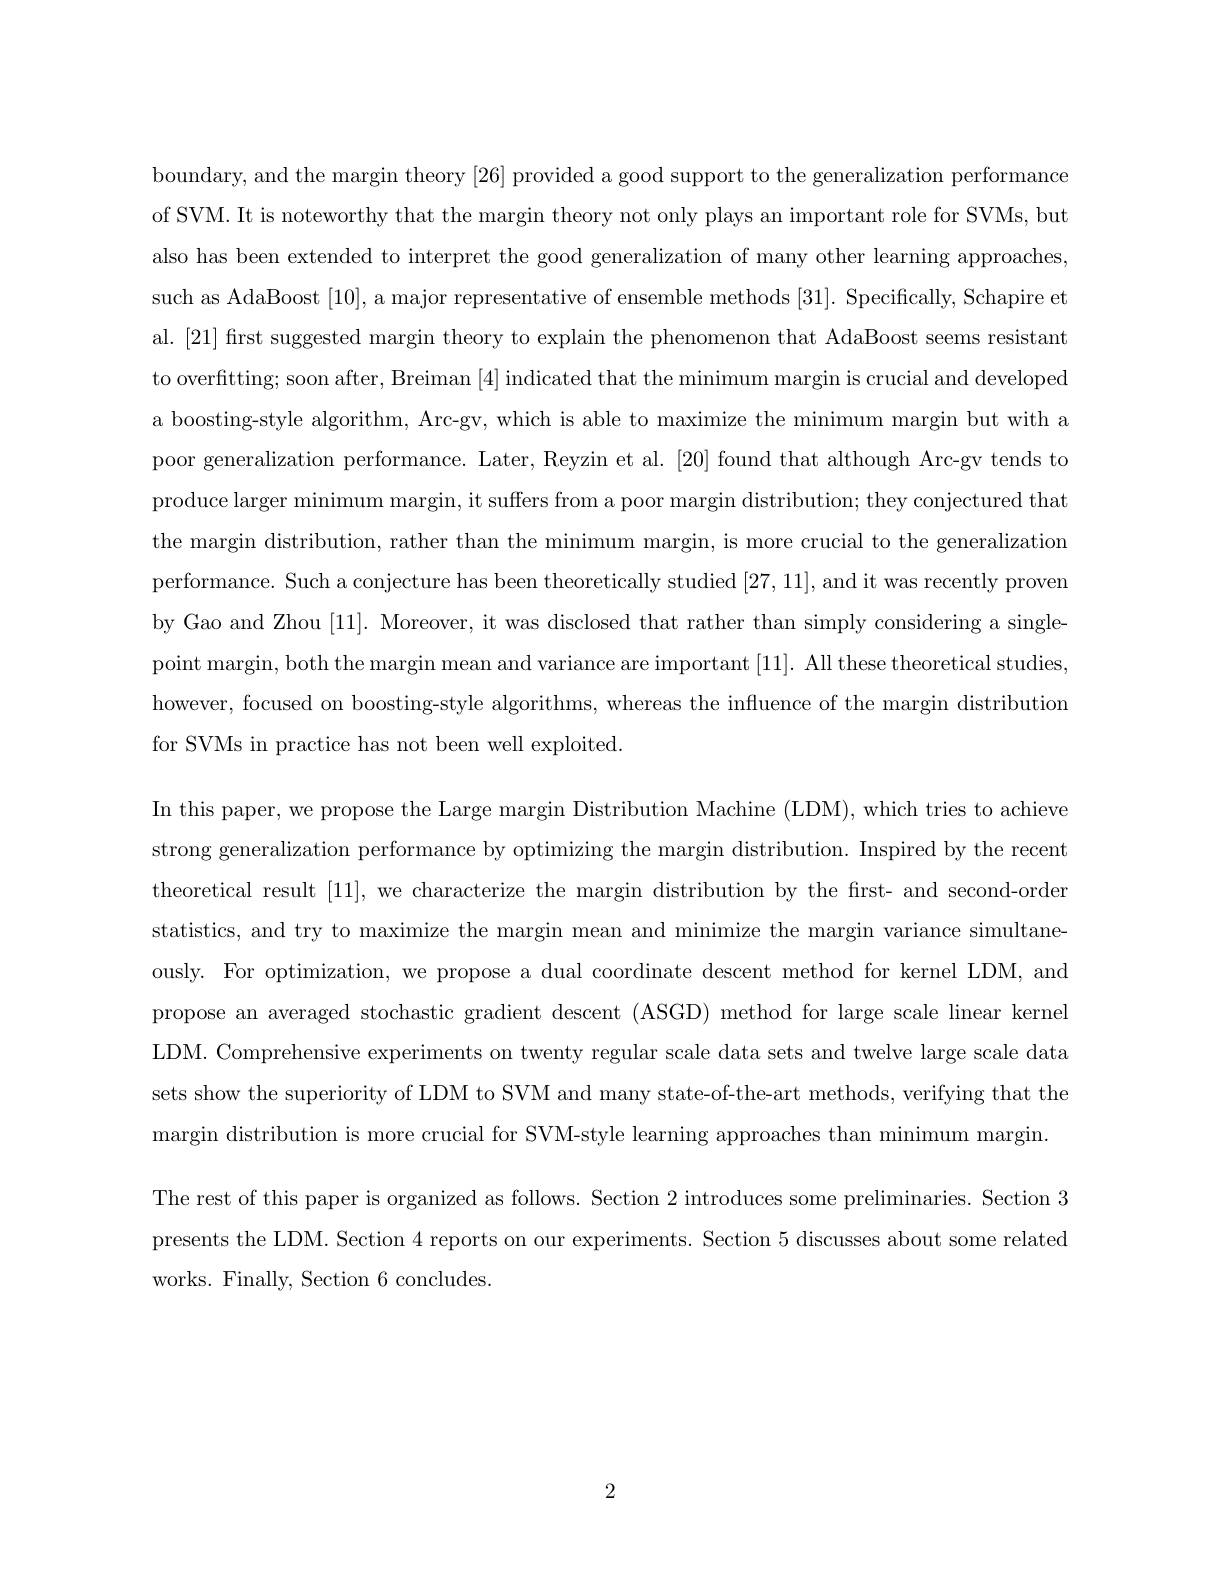
boundary, and the margin theory [26] provided a good support to the generalization performance of SVM. It is noteworthy that the margin theory not only plays an important role for SVMs, but also has been extended to interpret the good generalization of many other learning approaches, such as AdaBoost [10], a major representative of ensemble methods [31]. Specifically, Schapire et al. [21] first suggested margin theory to explain the phenomenon that AdaBoost seems resistant to overfitting; soon after, Breiman [4] indicated that the minimum margin is crucial and developed a boosting-style algorithm, Arc-gv, which is able to maximize the minimum margin but with a poor generalization performance. Later, Reyzin et al. [20] found that although Arc-gv tends to produce larger minimum margin, it suffers from a poor margin distribution; they conjectured that the margin distribution, rather than the minimum margin, is more crucial to the generalization performance. Such a conjecture has been theoretically studied [27,11],and it was recently provem by Gao and Zhou [11]. Moreover, it was disclosed that rather than simply considering a singlepoint margin, both the margin mean and variance are important [11]. All these theoretical studies however, focused on boosting-style algorithms, whereas the influence of the margin distribution for SVMs in practice has not been well exploited
In this paper, we propose the Large margin Distribution Machine (LDM), which tries to achieve strong generalization performance by optimizing the margin distribution. Inspired by the recent theoretical result [11], we characterize the margin distribution by the first- and second-order statistics, and try to maximize the margin mean and minimize the margin variance simultaneously. For optimization, we propose a dual coordinate descent method for kernel LDM, and propose an averaged stochastic gradient descent (ASGD) method for large scale linear kernel LDM. Comprehensive experiments on twenty regular scale data sets and twelve large scale data sets show the superiority of LDM to SVM and many state-of-the-art methods, verifying that the margin distribution is more crucial for SVM-style learning approaches than minimum margin
The rest of this paper is organized as follows. Section 2 introduces some preliminaries. Section 3 presents the LDM. Section 4 reports on our experiments. Section 5 discusses about some related works. Finally, Section 6 concludes

2